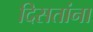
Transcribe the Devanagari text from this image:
दिसतांना